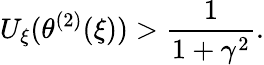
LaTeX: U_{\xi}(\theta^{(2)}(\xi))>\frac{1}{1+\gamma^{2}}.